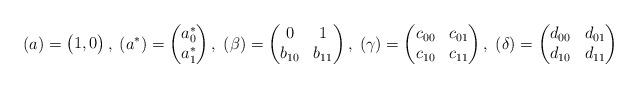
LaTeX: \begin{align*}(a)=\begin{pmatrix}1,0\end{pmatrix}, \;(a^*)=\begin{pmatrix}a_0^* \\a_1^*\end{pmatrix}, \;(\beta)=\begin{pmatrix}0 & 1 \\b_{10} & b_{11} \\\end{pmatrix}, \;(\gamma)=\begin{pmatrix}c_{00} & c_{01} \\c_{10} & c_{11} \\\end{pmatrix}, \;(\delta)=\begin{pmatrix}d_{00} & d_{01} \\d_{10} & d_{11} \\\end{pmatrix}\end{align*}